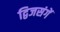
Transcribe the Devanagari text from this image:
द्विजसंगें